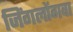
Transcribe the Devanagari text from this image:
जिंगलोंगवा